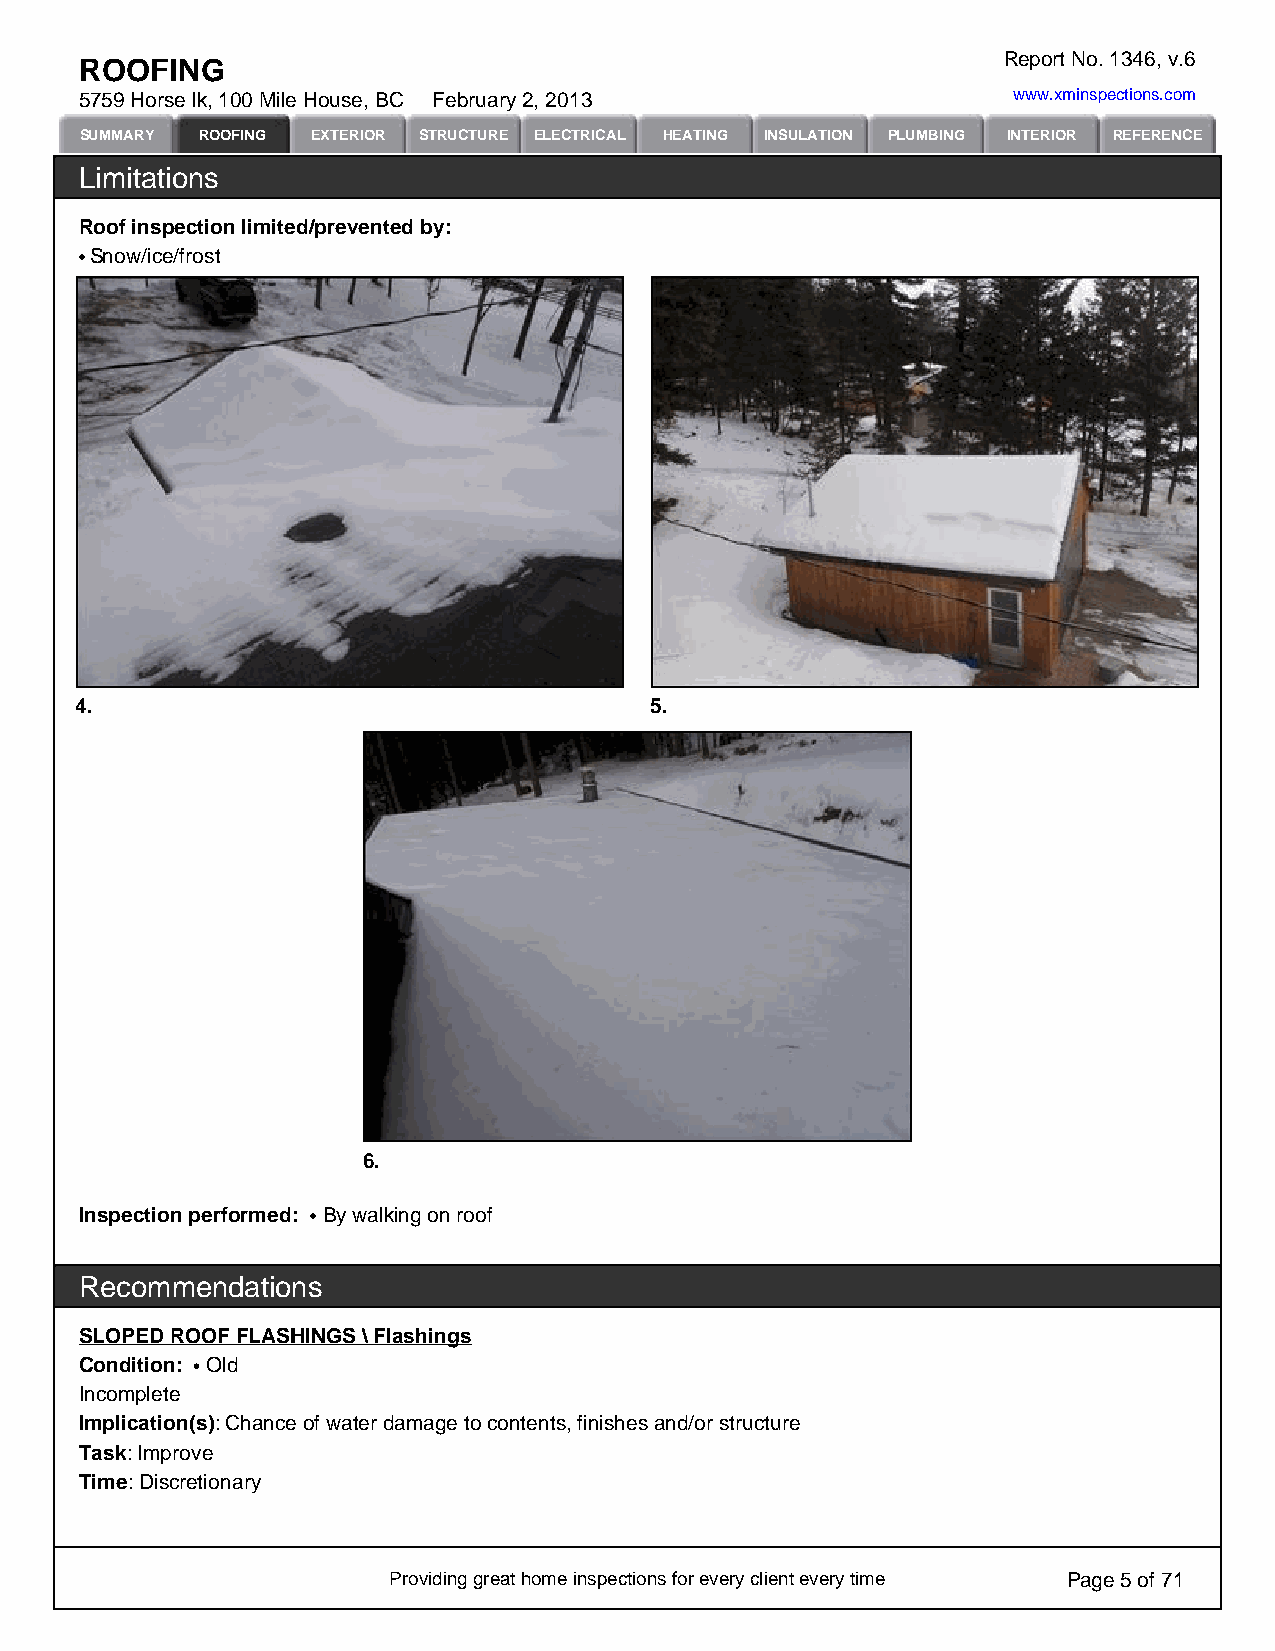
Report No. 1346, v.6
 ROOFING
 5759 Horse lk, 100 Mile House, BC February 2, 2013            www.xminspections.com
 SUMMARY ROOFING EXTERIOR STRUCTURE ELECTRICAL HEATING INSULATION PLUMBING INTERIOR REFERENCE
 Limitations
 Roof inspection limited/prevented by:
 Snow/ice/frost
 4.                                    5.
 6.
 Inspection performed: By walking on roof
 Recommendations
 SLOPED ROOF FLASHINGS \ Flashings
 Condition: Old
 Incomplete
 Implication(s): Chance of water damage to contents, finishes and/or structure
 Task: Improve
 Time: Discretionary
 Providing great home inspections for every client every time Page 5 of 71